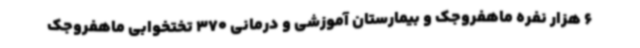
6 هزار نفره ماهفروجک و بیمارستان آموزشی و درمانی 370 تختخوابی ماهفروجک